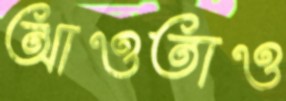
আওতাও